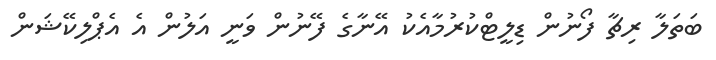
ބަތަލާ ރިޗާ ފޯނުން ޑިލީޓްކުރުމާއެކު އޭނާގެ ފޭނުން ވަނީ އަލުން އެ އެޕްލިކޭޝަން